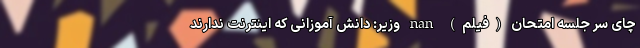
چای سر جلسه امتحان (فیلم) nan وزیر: دانش آموزانی که اینترنت ندارند